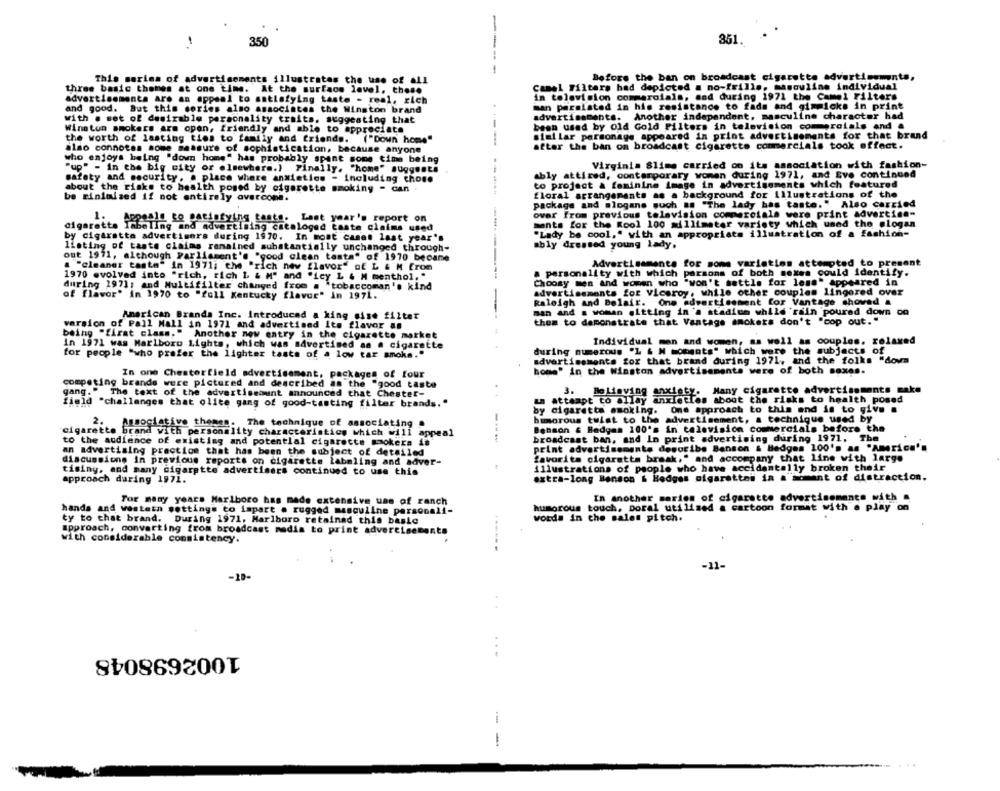
351.
350
---
Before the ban on broadcast cigarette advertisements,
This series of advertisements illustrates the use of all
Camel Filters had depicted a no-frills, masculine individual
three basic themes at one time. At the surface lavel, those
in television commercials, and during 1971 the Camel Filters
advertisements are an appeal to satisfying taste - real, zich
and good. But this series also associates the Winston brand
man persisted in his resistance to fads and gimmicks in print
with . set of desirable personality traits, suggesting that
advertisements. Another independent, masculine character had
been used by old Gold Filters in television commercials and .
Winston smokers are opon, friendly and able to appreciate
similar personage appeared in print advertisements for that brand
the worth of lasting ties to family and friends. ("Down home"
also connotas some measure of sophistication, because anyone
after the ban on broadcast cigarette commercials took offect.
who enjoys being "down home" has probably spant some time being
Virginia Slime carried on its association with fashion-
"up" - in the big city or elsewhere.) Finally. "home" suggests
ably attired, contemporary woman during 1971, and Eve continued
safety and security. a place where anxieties - including chose
about the risks to health posed by cigarette smoking - can .
to project & feminine image in advertisements which featured
be rinimized if not entirely avercone.
floral arrangements as a background for illustrations of the
package and slogans such as "The lady bas taste." Also carried
over from previous television commercials were print advertise-
1.
Appeals to satisfying taste. Last year's report on
cigarette Imbeling and advertising cataloged taste claims used
ments for the Kool 100 millimeter variety which uned the @logan
by cigarette advertisers during 1970. In most cases last year's
"Lady be cool," with an appropriate illustration of a fashion-
ably dressed young lady.
listing of taste claims remained substantially unchanged through-
out 1971, although parliament's "good clean taste" of 1970 becane
Advertisements for some variaties attempted to present
a "cleaner taste" in 1971; the "rich new flavor" of L & M from
1970 evolved into "rich, rich L & M" and "icy L & M menthol. "
a personality with which parsons of both sexes could identify.
during 1971; and Multifilter changed from . tobaccoman's kind
Choosy men and women who "won't settle for less" appeared in
advertisements for Viceroy, while other couples lingered over
of flavor" in 1970 to "full Kentucky flavor" in 1971.
Raleigh and Belair. One advertisement for Vantage shoved &
American Brands Inc. Introduced a king sise filter
--------------
man and a woman sitting in 's stadium while 'rain poured down on
varsion of Pall Mall in 1971 and advertised Its flavor an
them to demonstrate that Vantage smokers don't "cop out. "
being "first class." Another new entry in the cigarette market
Individual men and women, as well as couples. relaxed
in 1971 was Marlboro Lights, which was advertised as a cigarette
for people "who prefer the lighter taste of a low tar smoke."
during numerous "L & M moments" which were the subjects of
advertisements for that brand during 1971, and the folks "dovs
home' in the Winston advertisements were of both sexes.
In one Chesterfield advertisement, packages of four
competing brands were pictured and described as the "good taste
Many cigarette advertisements make
gang." The text of the advertiseaunt announced that Chester-
3. Believing anxiety.
field "challenges that olite gang of good-tasting filter brands."
attempt to allay anxieties about the risks to health posed
by cigarette smoking. One approach to this and is to give .
humorous tulat to the advertisement, a technique used by
2.
Associative themes. The technique of associating
Benson & Badgam 100's in television commercials before the
cigarette brand with personality characteristics which will appeal
The
to the audience of existing and potential cigarette smokers is
broadcast ban, and In print advertising during 1971.
an advertising practice that has been the subject of detailed
print advertisements describe Benson & Hedges 100's an "America's
favorita cigarette break," and accompany that line with large
discussions in previous reports on cigarette labeling and adver-
illustrations of people who have accidentally broken their
tisiny, and many cigarette advertisers continued to use this
extra-long Benson & Hedges cigarettes in a moment of distraction.
approach during 1971.
In another series of cigarette advertisements with
For many years Marlboro has made extensive uas of ranch
humorous touch, poral utilised a cartoon format with a play on
hands and western settings to impart . rugged masculine personali-
ty to that brand. During 1971, Marlboro retained this basLe
words in che sales pitch.
approach, converting from broadcast media to print advertisements
with considerable consistency.
------
-11-
-19-
1002698048
-